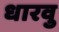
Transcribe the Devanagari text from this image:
धारवु